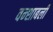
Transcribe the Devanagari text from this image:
वन्शाबली